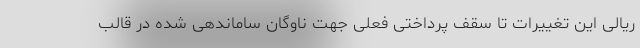
ریالی این تغییرات تا سقف پرداختی فعلی جهت ناوگان ساماندهی شده در قالب